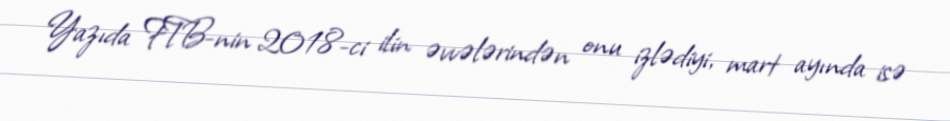
Yazıda FTB-nin 2018-ci ilin əvvələrindən onu izlədiyi, mart ayında isə